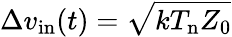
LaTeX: \Delta v_{\mathrm{in}}(t)=\sqrt{kT_{\mathrm{n}}Z_{0}}